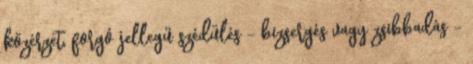
közérzet, forgó jellegű szédülés - bizsergés vagy zsibbadás -